Treatise on elephants
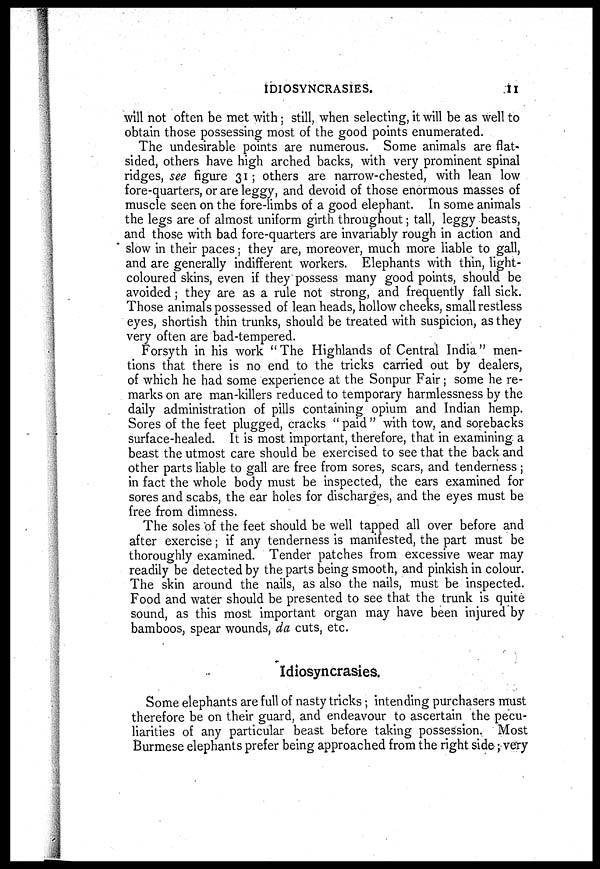
IDIOSYNCRASIES.
will not often be met with; still, when selecting, it will be as well to
obtain those possessing most of the good points enumerated.
The undesirable points are numerous. Some animals are flat-
sided, others have high arched backs, with very prominent spinal
ridges, see figure 31 ; others are narrow-chested, with lean low
fore-quarters, or are leggy, and devoid of those enormous masses of
muscle seen on the fore-limbs of a good elephant. In some animals
the legs are of almost uniform girth throughout; tall, leggy beasts,
and those with bad fore-quarters are invariably rough in action and
slow in their paces; they are, moreover, much more liable to gall,
and are generally indifferent workers. Elephants with thin, light-
coloured skins, even if they possess many good points, should be
avoided ; they are as a rule not strong, and frequently fall sick.
Those animals possessed of lean heads, hollow cheeks, small restless
eyes, shortish thin trunks, should be treated with suspicion, as they
very often are bad-tempered.
Forsyth in his work " The Highlands of Central India" men-
tions that there is no end to the tricks carried out by dealers,
of which he had some experience at the Sonpur Fair; some he re-
marks on are man-killers reduced to temporary harmlessness by the
daily administration of pills containing opium and Indian hemp.
Sores of the feet plugged, cracks "paid" with tow, and sorebacks
surface-healed. It is most important, therefore, that in examining a
beast the utmost care should be exercised to see that the back and
other parts liable to gall are free from sores, scars, and tenderness ;
in fact the whole body must be inspected, the ears examined for
sores and scabs, the ear holes for discharges, and the eyes must be
free from dimness.
The soles of the feet should be well tapped all over before and
after exercise; if any tenderness is manifested, the part must be
thoroughly examined. Tender patches from excessive wear may
readily be detected by the parts being smooth, and pinkish in colour.
The skin around the nails, as also the nails, must be inspected.
Food and water should be presented to see that the trunk is quite
sound, as this most important organ may have been injured by
bamboos, spear wounds, da cuts, etc.
Idiosyncrasies.
Some elephants are full of nasty tricks; intending purchasers must
therefore be on their guard, and endeavour to ascertain the pecu-
liarities of any particular beast before taking possession. Most
Burmese elephants prefer being approached from the right side; very